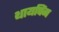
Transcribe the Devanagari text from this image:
थायपिंग